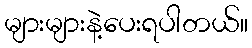
များများနဲ့ပေးရပါတယ်။